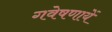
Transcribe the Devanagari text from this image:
गवेषणायें